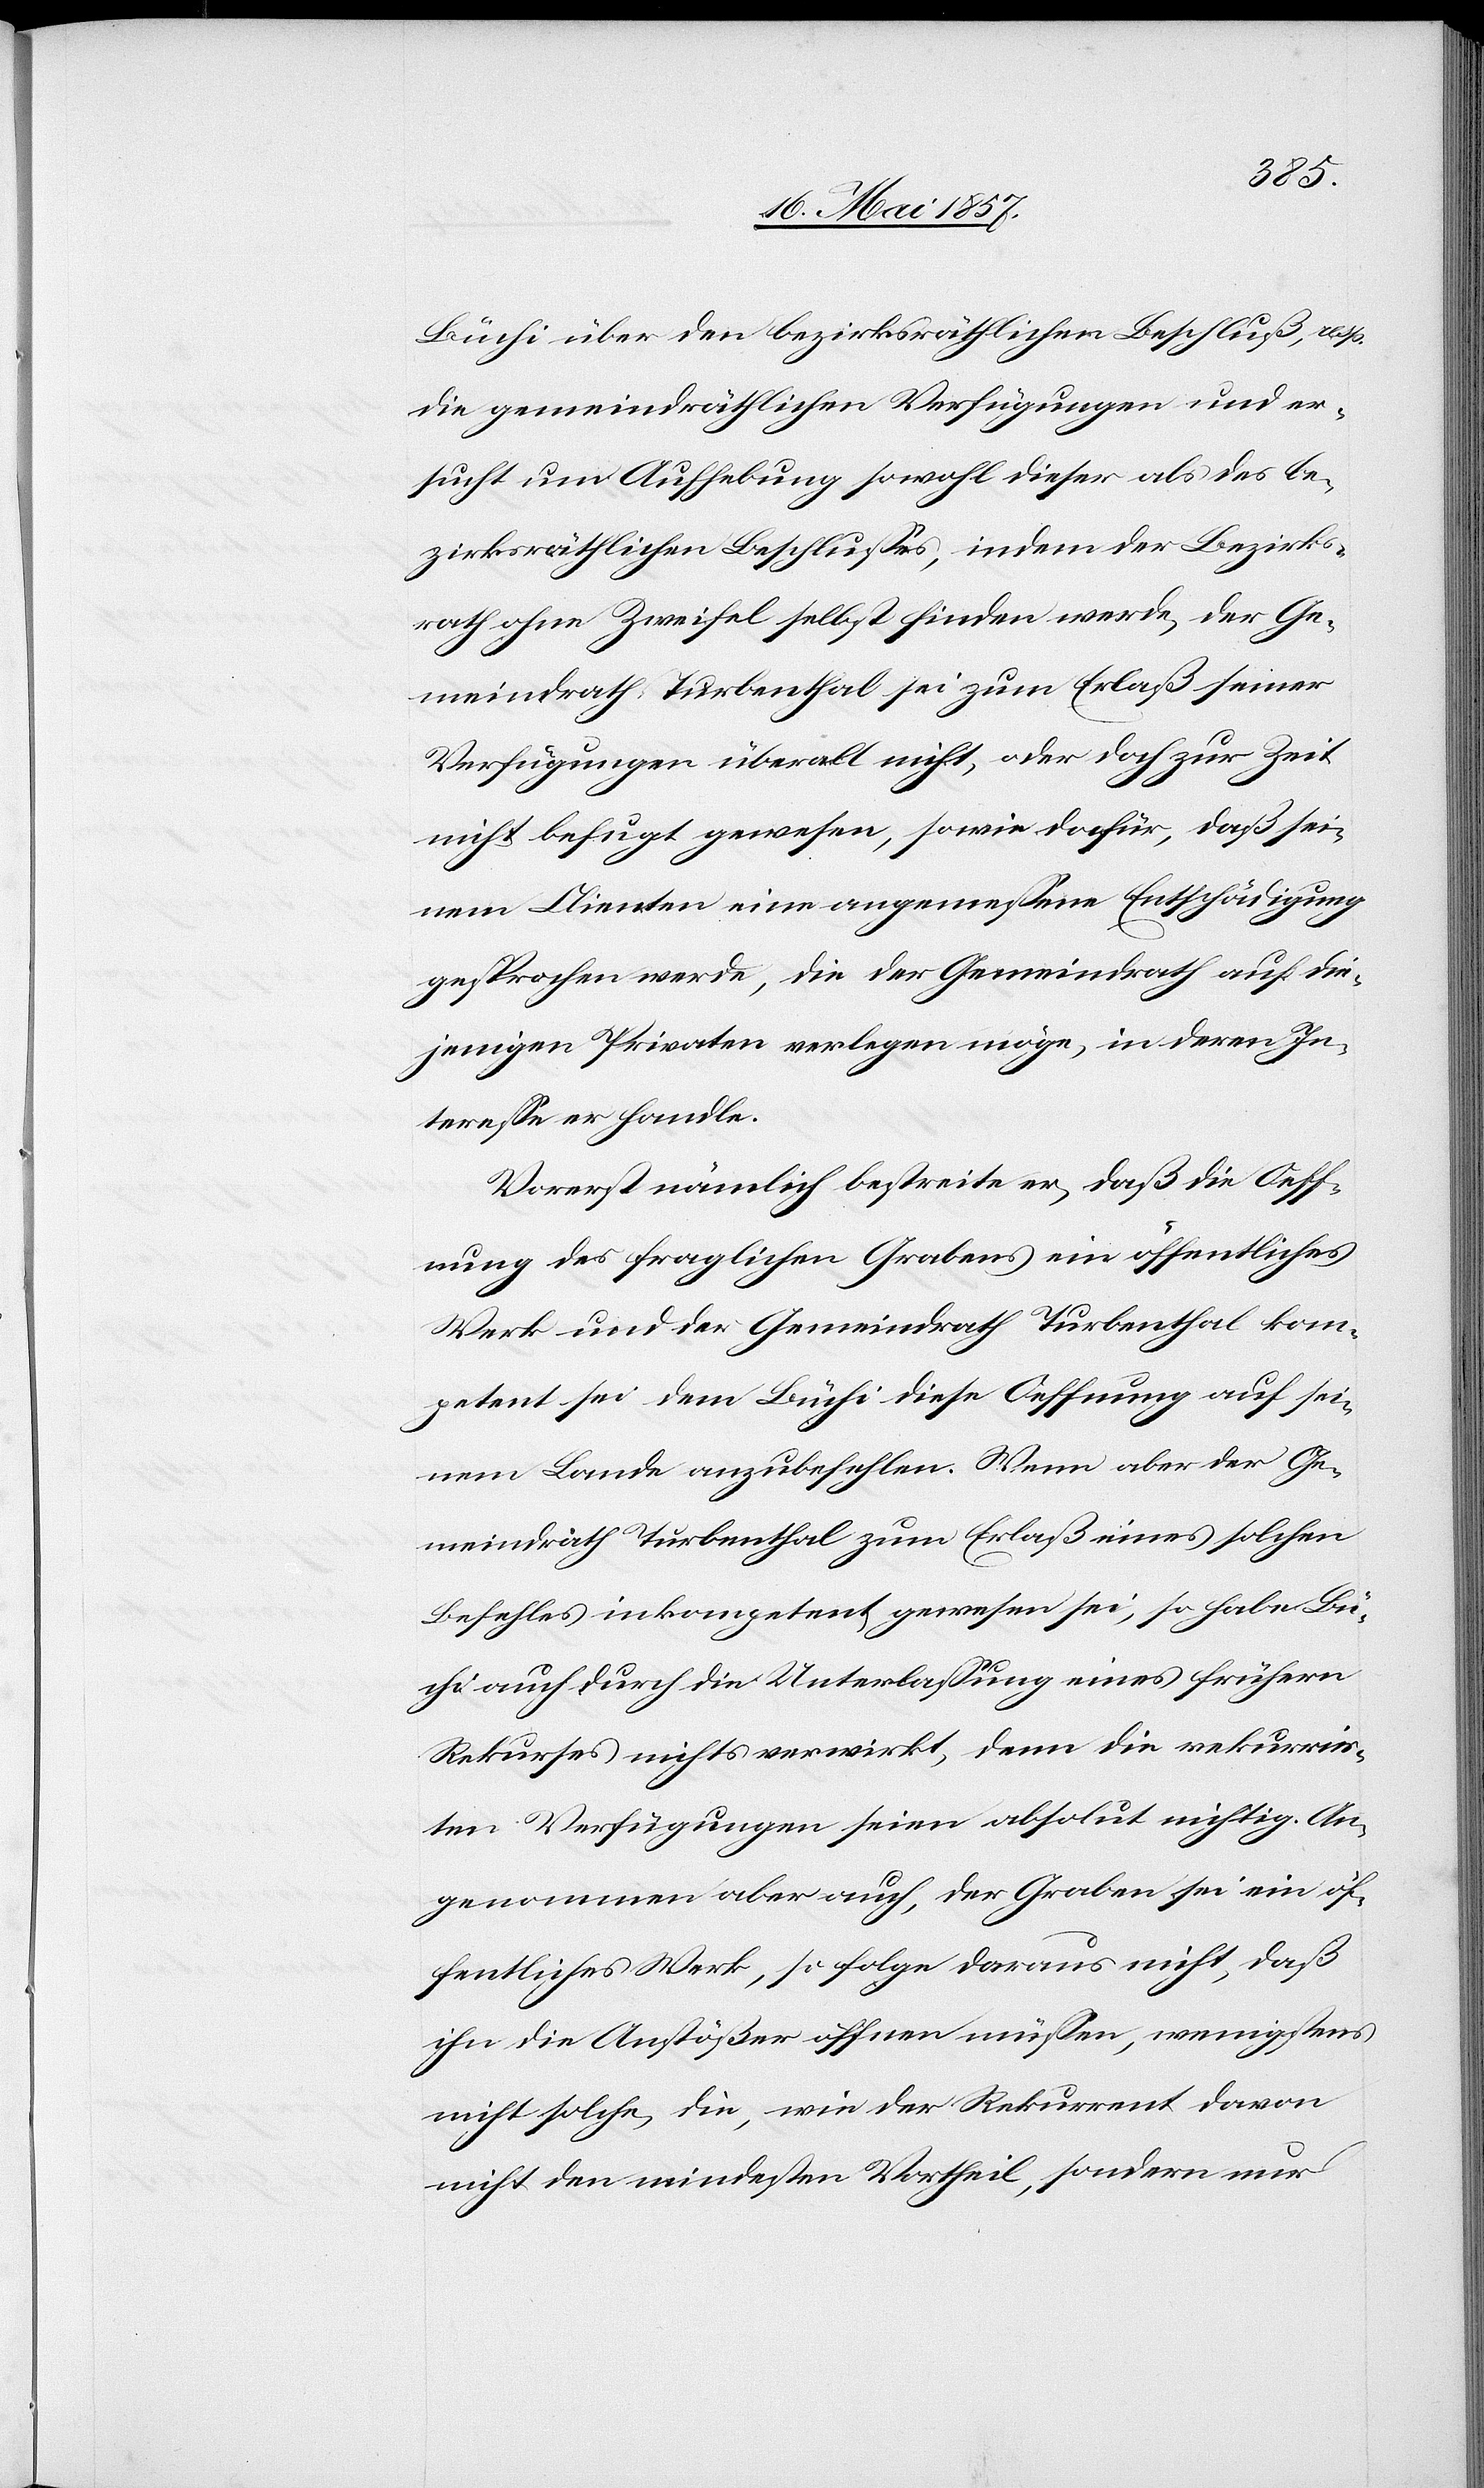
Büchi über den bezirksräthlichen Beschluß, resp.
die gemeindräthlichen Verfügungen und er¬
sucht um Aufhebung sowohl dieser als des be¬
zirksräthlichen Beschlusses, indem der Bezirks¬
rath ohne Zweifel selbst finden werde, der Ge¬
meindrath Turbenthal sei zum Erlaß seiner
Verfügungen überall nicht, oder doch zur Zeit
nicht befugt gewesen, sowie dafür, daß sei¬
nem Clienten eine angemessene Entschädigung
gesprochen werde, die der Gemeindrath auf die¬
jenigen Privaten verlegen möge, in deren In¬
teresse er handle.
Vorerst nämlich bestreite er, daß die Oeff¬
nung des fraglichen Grabens ein öffentliches
Werk und der Gemeindrath Turbenthal kom¬
petent sei dem Büchi diese Oeffnung auf sei¬
nem Lande anzubefehlen. Wenn aber der Ge¬
meindrath Turbenthal zum Erlaß eines solchen
Befehles inkompetent gewesen sei, so habe Bü¬
chi auch durch die Unterlassung eines frühern
Rekurses nichts erwirkt, denn die rekurrir¬
ten Verfügungen seien absolut nichtig. An¬
genommen aber auch, der Graben sei ein öf¬
fentliches Werk, so folge daraus nicht, daß
ihn die Anstößer öffnen müssen, wenigstens
nicht solche, die, wie der Rekurrent davon
nicht den mindesten Vortheil, sondern nur